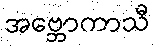
အဗ္ဘောကာသီ